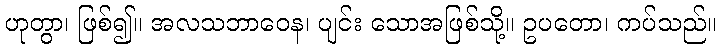
ဟုတွာ၊ ဖြစ်၍။ အလသဘာဝေန၊ ပျင်း သောအဖြစ်သို့။ ဥပတော၊ ကပ်သည်။